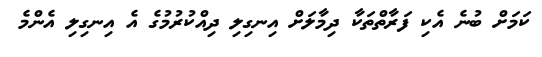
ކަމަށް ބުނެ އެކި ފަރާތްތަކާ ދިމާލަށް އިނގިލި ދިއްކުރުމުގެ އެ އިނގިލި އެންމެ